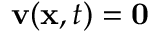
\mathbf { v } ( \mathbf { x } , t ) = \mathbf { 0 }